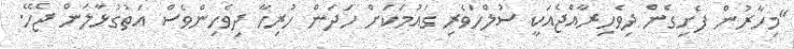
"މިހާރުން ފެށިގެން ދިވެހިރާއްޖެއަކީ ސުލްހަވެރި ގައުމަކަށް ހަދަން ހުރިހާ ދިވެހިންވެސް އަތުގުޅާލަން ޖެހޭ.